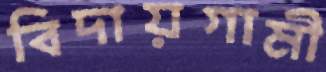
বিদায়গামী